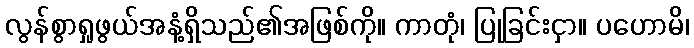
လွန်စွာရှုဖွယ်အနံ့ရှိသည်၏အဖြစ်ကို။ ကာတုံ၊ ပြုခြင်းငှာ။ ပဟောမိ၊